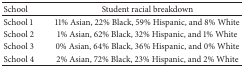
<table><thead><tr><td><b>School</b></td><td><b>Student racial breakdown</b></td></tr></thead><tbody><tr><td>School 1</td><td>11% Asian, 22% Black, 59% Hispanic, and 8% White</td></tr><tr><td>School 2</td><td>1% Asian, 62% Black, 32% Hispanic, and 1% White</td></tr><tr><td>School 3</td><td>0% Asian, 64% Black, 36% Hispanic, and 0% White</td></tr><tr><td>School 4</td><td>2% Asian, 72% Black, 23% Hispanic, and 2% White</td></tr></tbody></table>